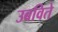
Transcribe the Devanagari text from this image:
उबविते